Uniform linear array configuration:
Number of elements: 48
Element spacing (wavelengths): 0.75
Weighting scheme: blackman
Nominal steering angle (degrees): -60
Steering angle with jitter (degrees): -59.122
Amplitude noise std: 0.05
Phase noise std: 0.05

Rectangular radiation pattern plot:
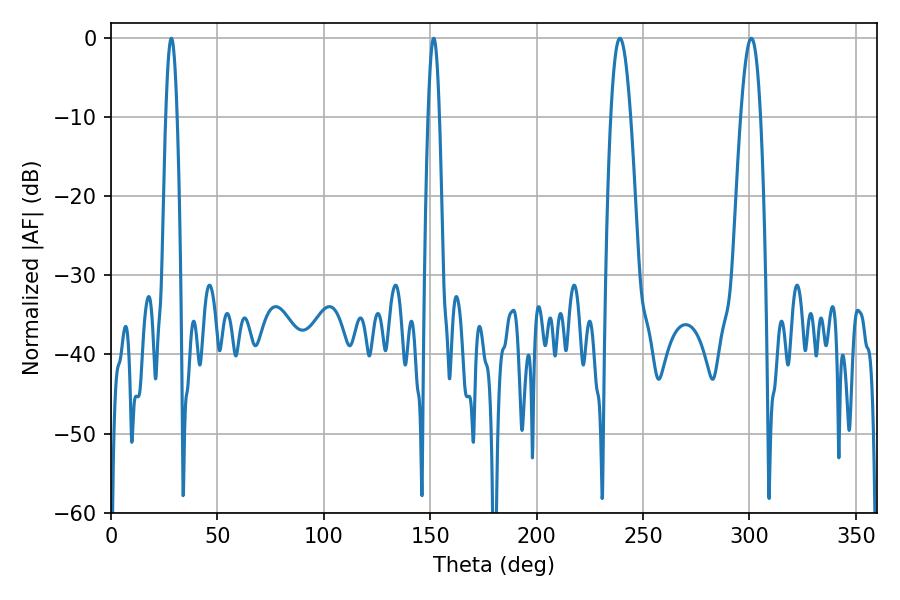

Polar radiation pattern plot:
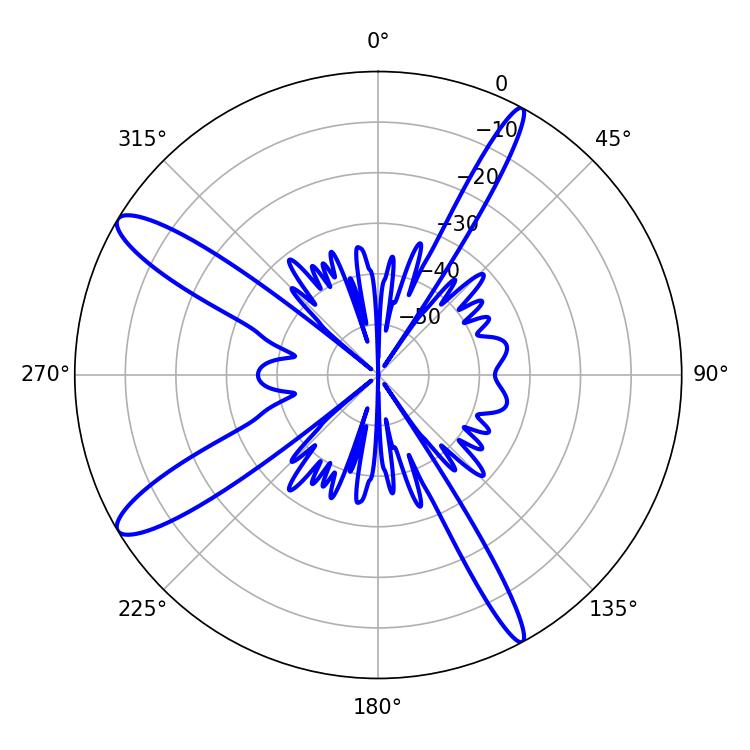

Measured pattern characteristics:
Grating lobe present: TRUE
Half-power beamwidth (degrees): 5.04
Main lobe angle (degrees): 239.22